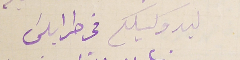
ليد وكيلكم فى طرابلسَ